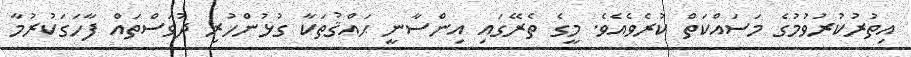
އިތުރުކުރުވުމުގެ މަސައްކަތް ކުރެވެއެވެ. މީގެ ތެރޭގައި އިންސާނީ ޙައްޤުތަކާ ގުޅުންހުރި ދުވަސްތައް ފާހަގަކުރުމާ